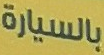
بالسيارة